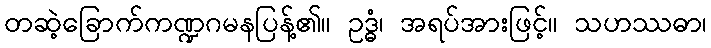
တဆဲ့ခြောက်ကဏ္ဍဂမနပြန့်၏။ ဥဒ္ဓံ၊ အရပ်အားဖြင့်။ သဟဿဓာ၊